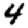
Digit: 4